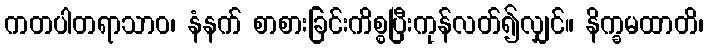
ကတပါတရာသာဝ၊ နံနက် စာစားခြင်းကိစ္စပြီးကုန်လတ်၍လျှင်။ နိက္ခမထာတိ၊